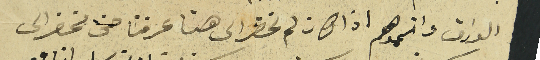
الورق واتمموهم اذا كان لم تحضر الى هنا عرفنا حتى نحضر الى